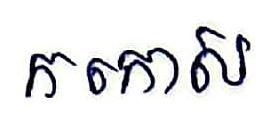
កកោស